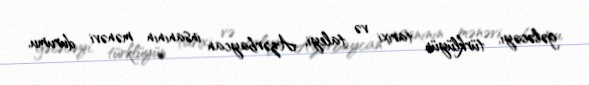
gələcəyi, türklüyün tarixi və taleyi, Azərbaycan insanının mənəvi durumu,